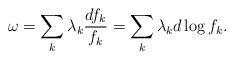
LaTeX: \begin{align*}\omega = \sum_{k} \lambda_{k} \frac{df_{k}}{f_{k}} = \sum_{k} \lambda_{k} d \log f_{k}.\end{align*}